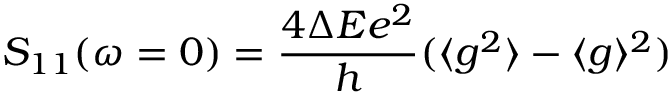
S _ { 1 1 } ( \omega = 0 ) = \frac { 4 \Delta E e ^ { 2 } } { h } ( \langle g ^ { 2 } \rangle - \langle g \rangle ^ { 2 } )